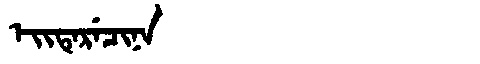
Manchu: ᡝᡳᡨᡝᡵᡝᠴᡳᠨᠠ
Romanization: EITERECINA